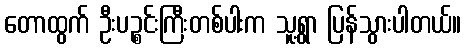
တောထွက် ဦးပဉ္စင်းကြီးတစ်ပါးက သူ့ရွာ ပြန်သွားပါတယ်။